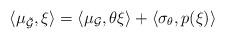
LaTeX: \begin{align*}\langle \mu_{\tilde{\mathcal{G}}},\xi\rangle=\langle\mu_{\mathcal{G}},\theta\xi\rangle +\langle\sigma_{\theta},p(\xi)\rangle\end{align*}